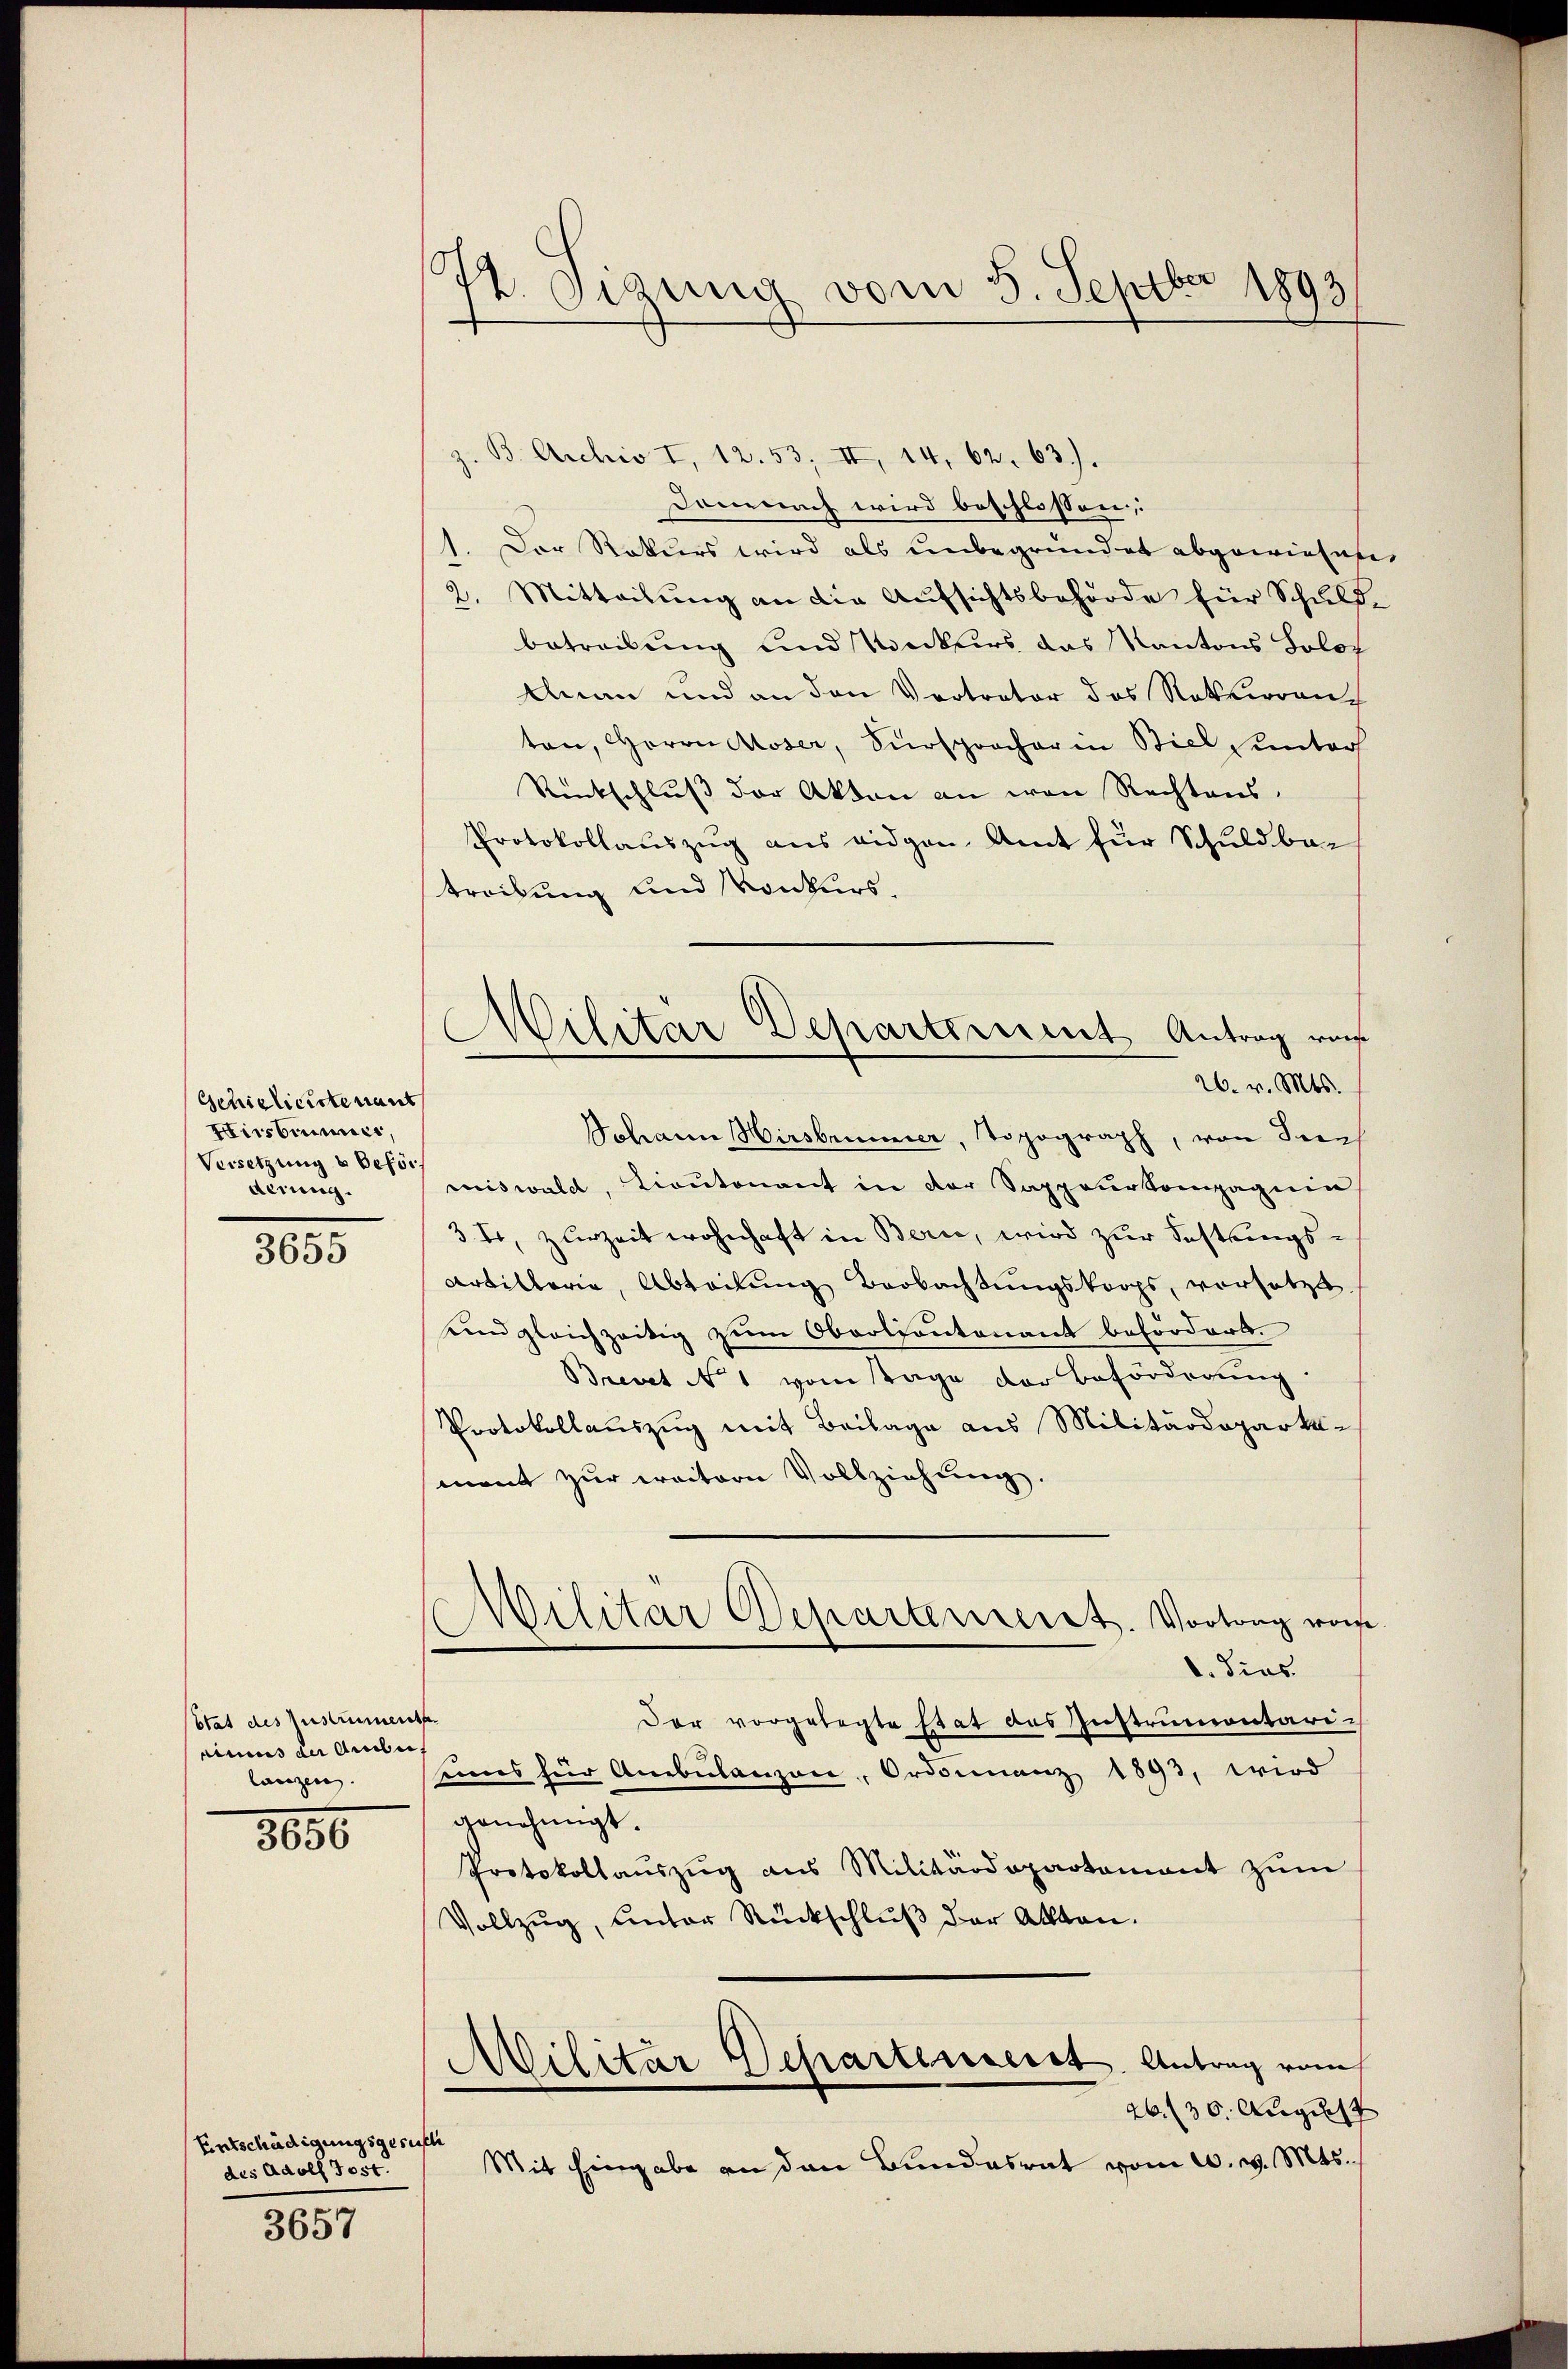
Gehielicirtenant
Hirsbinner,
Versetzung & Beförderung.

3655

Etat des Instrument
eimus der Arbei
langen.

8000

Entschädigungsgesuch
des Adolf Jost.

3657

74. Sizung vom 5. Septbar 1893

z. B. Archiv I, 12. 53; II, 14, 62. 63).
Demnach wird beschlossen,
1. Der Rekurs wird als unbegründet abgewiesen.
2. Mitteilung an die Aufsichtsbehörde für Schuld-
betreibung und Konkurs das Kantons Solot
Anan und an den Vertreter das Rotherren
ton, Herrn Moser, Fürsprocher in Biel unter
Rünkschluss der Akten an von Rechtens.
Protokollauszug aus eidgen. Amt für Schuldba-
treibung und Konkurs.
Johann Wirsbrunner, Topograph, von See
miswald, Liontonant in der Sappeurkompagnie
3I, zurzeit wohnhaft in Bern, wird zur Festungs¬
Artillerie, Abteilung Beobachtungskorps, vorsetzt.
und gleichzeitig zum Oberlieutenant befordert.
Brevet No 1 vom Tage der Beförderung
Protokollauszug mit Beilage aus Militärdepartemant zur weitern Vollziehung.
ilitär Departerreret. Vortrag worde
d. dies
¬
Der vorgelegte Etat des Instrumentari-
seines für Ambulanzon, Ordinanz 1893, wird
genehmigt.
Protokollaŭszŭg ans Militärdepartamant zŭm
Vollzug, unter Rückschluß der Akten.
Militar Departenserst Antrag vom
26. 30. August
Mit hingabe an den Bundesrat vom 2. v. Mts.

Militar Departement Antrag ruf
26. v. Mts.